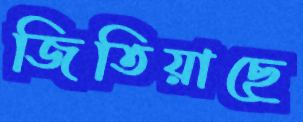
জিতিয়াছে